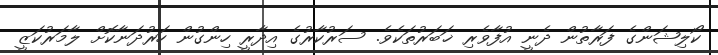
ކޯލިޝަންގެ ފަރާތުން ދެނީ އުފާވެރި ޚަބަރުތަކެވެ. ސަރުކާރުގެ އިދާރީ ހިންގުން ހަރުދަނާކޮށް ލާމަރުކަޒީ